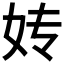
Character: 𰋹